Annual report on the Civil Veterinary Department, Burma (including the Insein Veterinary School) - 1923-1931
Year: 1923
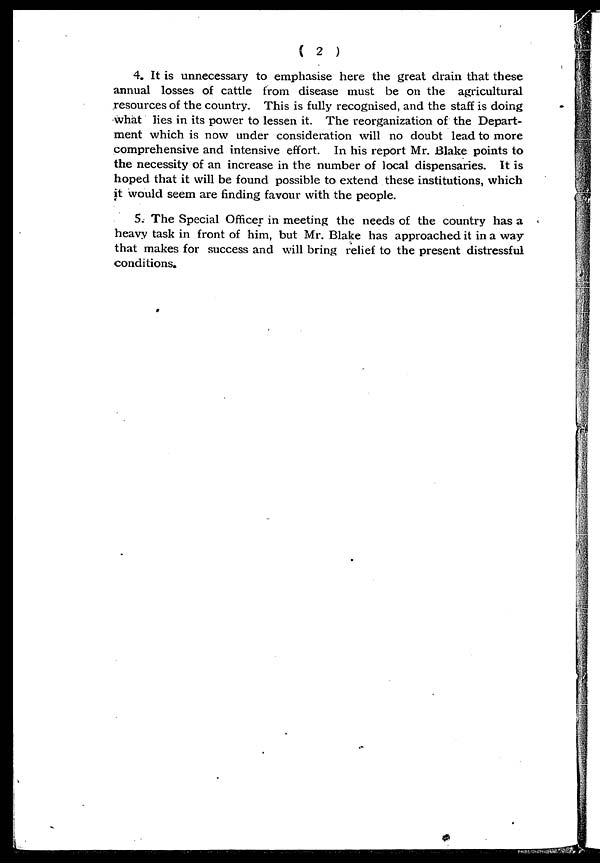
( 2 )
4. It is unnecessary to emphasise here the great drain that these
annual losses of cattle from disease must be on the agricultural
resources of the country. This is fully recognised, and the staff is doing
what lies in its power to lessen it. The reorganization of the Depart-
ment which is now under consideration will no doubt lead to more
comprehensive and intensive effort. In his report Mr. Blake points to
the necessity of an increase in the number of local dispensaries. It is
hoped that it will be found possible to extend these institutions, which
it would seem are finding favour with the people.
5. The Special Officer in meeting the needs of the country has a
heavy task in front of him, but Mr. Blake has approached it in a way
that makes for success and will bring relief to the present distressful
conditions.